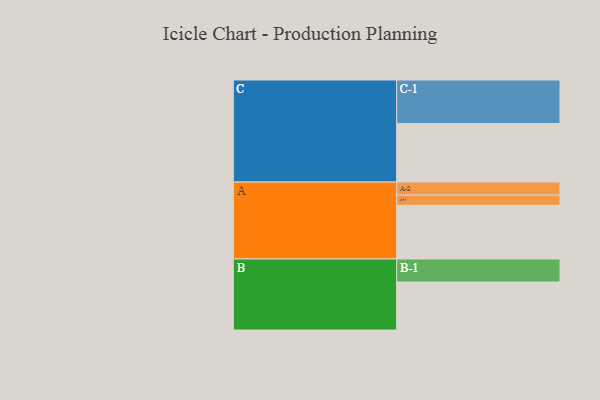
{"axis": {"x": "Segment", "y": "Value"}, "legend": ["", "A", "B", "C"], "data": [{"x": "A", "y": 367, "type": ""}, {"x": "B", "y": 328, "type": ""}, {"x": "C", "y": 400, "type": ""}, {"x": "A-1", "y": 70, "type": "A"}, {"x": "A-2", "y": 89, "type": "A"}, {"x": "B-1", "y": 157, "type": "B"}, {"x": "C-1", "y": 297, "type": "C"}]}